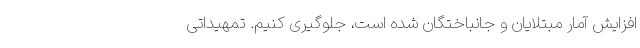
افزایش آمار مبتلایان و جانباختگان شده است، جلوگیری کنیم. تمهیداتی